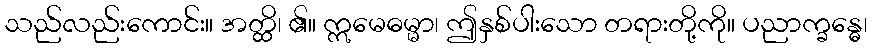
သည်လည်းကောင်း။ အတ္ထိ၊ ၏။ ဣမေဓမ္မာ၊ ဤနှစ်ပါးသော တရားတို့ကို။ ပညာက္ခန္ဓေ၊